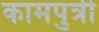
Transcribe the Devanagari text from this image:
कामपुत्री